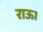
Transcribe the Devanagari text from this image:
राऊ।